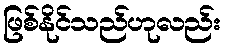
ဖြစ်နိုင်သည်ဟုလည်း